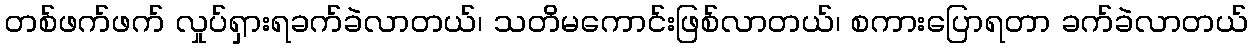
တစ်ဖက်ဖက် လှုပ်ရှားရခက်ခဲလာတယ်၊ သတိမကောင်းဖြစ်လာတယ်၊ စကားပြောရတာ ခက်ခဲလာတယ်